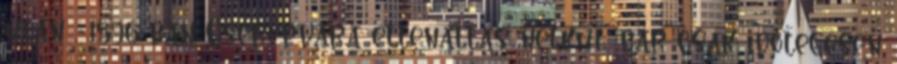
után , 1596-ban Cserépvára ellenállás nélkül, bár csak időlegesen